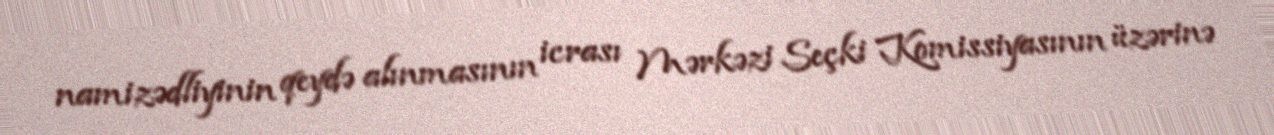
namizədliyinin qeydə alınmasının icrası Mərkəzi Seçki Komissiyasının üzərinə